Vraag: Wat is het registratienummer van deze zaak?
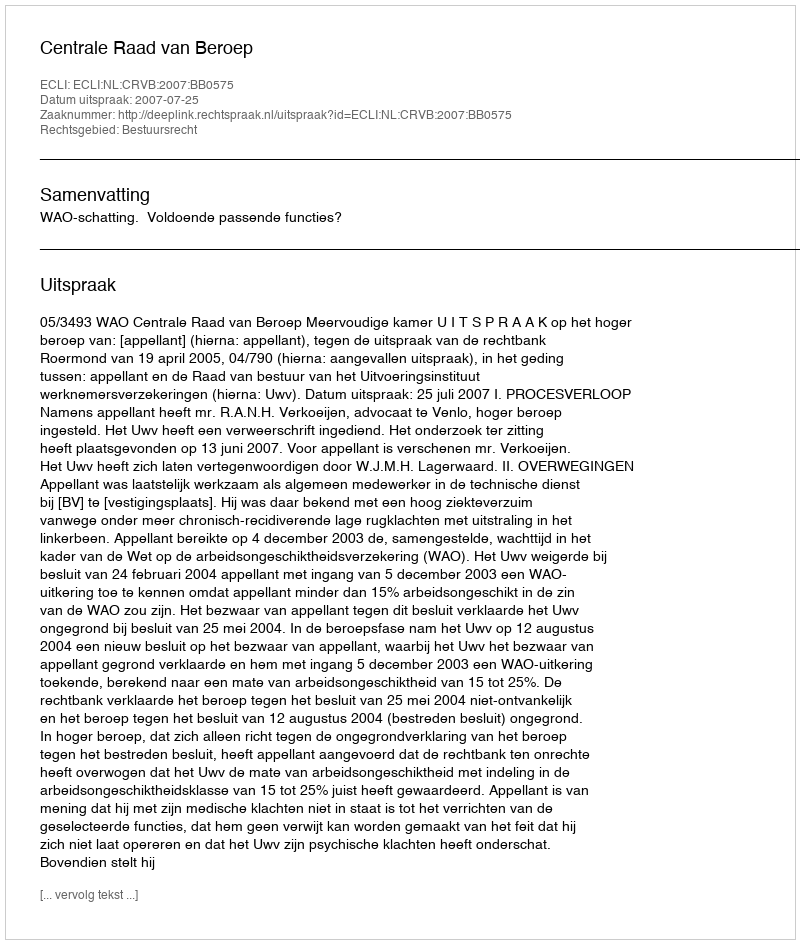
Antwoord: http://deeplink.rechtspraak.nl/uitspraak?id=ECLI:NL:CRVB:2007:BB0575